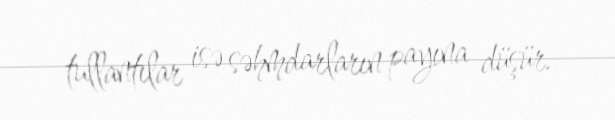
tullantılar isə səhmdarların payına düşür.